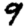
Digit: 9